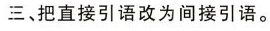
三、把直接引语改为间接引语。